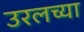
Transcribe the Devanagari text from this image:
उरलच्या